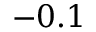
- 0 . 1